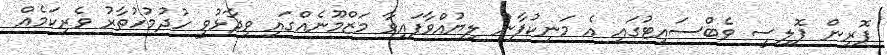
ފޮރިން ޕޮލިސީ ވެބްސައިޓުގައި އެ މަނިކުފާނު ލިޔުއްވާފައިވާ މަޒްމޫނެއްގައި ވިދާޅުވީ ހުދުމުހުތާރު ވެރިކަމެއް